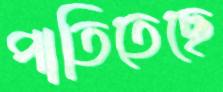
পাতিতেছে